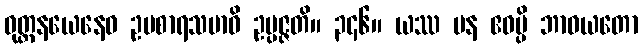
ဝုတ္တနယေနေဝ ဥပစာရသမာဓိ ဥပ္ပဇ္ဇတိ။ ၃၄၆။ ယဿ ပန ဧဝမ္ပိ ဘာဝယတော